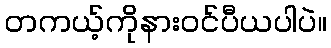
တကယ့်ကိုနားဝင်ပီယပါပဲ။